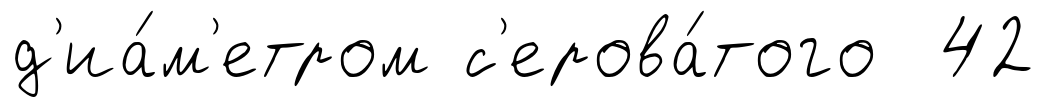
д'иа́м'етром с'ерова́того 42